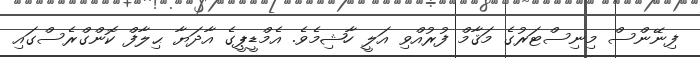
ފިނޭންސް މިނިސްޓަރުގެ މަޤާމް ފުރުއްވި އަލީ ހާޝިމެވެ. އެމްޑީޕީގެ އާދަޔާ ޙިލާފް ކޮންގްރެސްގައި